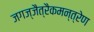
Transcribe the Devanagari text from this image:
जगज्जैत्रैकमन्त्रेण